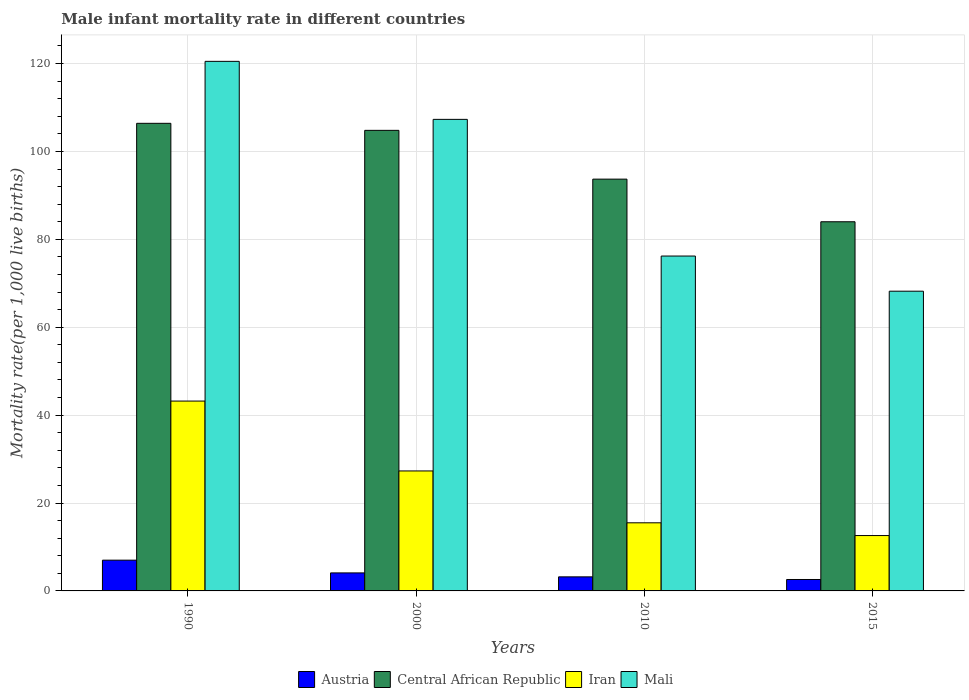
| Years | Austria | Central African Republic | Iran | Mali |
 | --- | --- | --- | --- | --- |
 | 1990 | 7 | 106 | 43.2 | 120 |
 | 2000 | 4.1 | 105 | 27.3 | 107 |
 | 2010 | 3.2 | 93.7 | 15.5 | 76.2 |
 | 2015 | 2.6 | 84 | 12.6 | 68.2 |